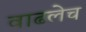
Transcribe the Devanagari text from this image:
वाढलेच